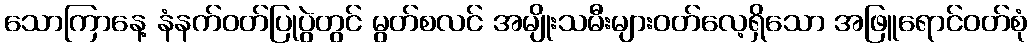
သောကြာနေ့ နံနက်ဝတ်ပြုပွဲတွင် မွတ်စလင် အမျိုးသမီးများဝတ်လေ့ရှိသော အဖြူရောင်ဝတ်စုံ